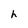
Character: h